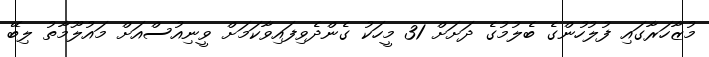
މުޒާހަރާގައި ފުލުހުންގެ ބެލުމުގެ ދަށަށް 31 މީހަކު ގެންދެވިފައިވާކަމަށް ވީނިއުސްއަށް މައުލޫމާތު ލިބޭ